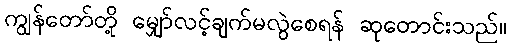
ကျွန်တော်တို့ မျှော်လင့်ချက်မလွဲစေရန် ဆုတောင်းသည်။